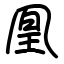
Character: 凰